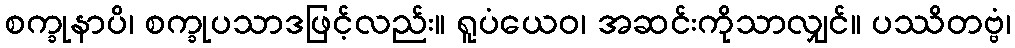
စက္ခုနာပိ၊ စက္ခုပသာဒဖြင့်လည်း။ ရူပံယေဝ၊ အဆင်းကိုသာလျှင်။ ပဿိတဗ္ဗံ၊